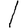
Digit: 1